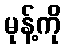
မုန့်ကို